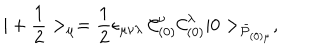
| + { \frac { 1 } { 2 } } > _ { \mu } = { \frac { 1 } { 2 } } \epsilon _ { \mu \nu \lambda } ~ { \cal C } _ { ( 0 ) } ^ { \nu } { \cal C } _ { ( 0 ) } ^ { \lambda } | 0 > _ { \bar { \cal P } _ { ( 0 ) \mu } } ,